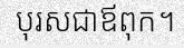
បុរសជាឪពុក។